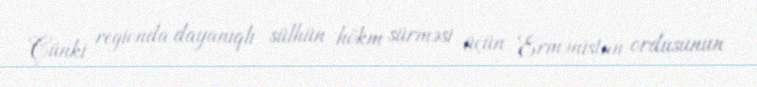
Çünki regionda dayanıqlı sülhün hökm sürməsi üçün Ermənistan ordusunun